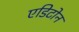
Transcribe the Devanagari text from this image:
एडिटोन